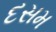
દસમ